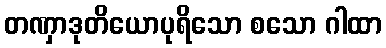
တဏှာဒုတိယောပုရိသော စသော ဂါထာ